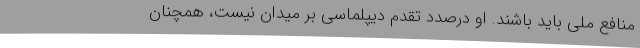
منافع ملی باید باشند. او درصدد تقدم دیپلماسی بر میدان نیست، همچنان